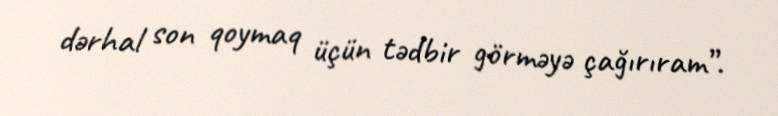
dərhal son qoymaq üçün tədbir görməyə çağırıram”.